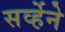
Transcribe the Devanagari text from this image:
सर्व्हेने